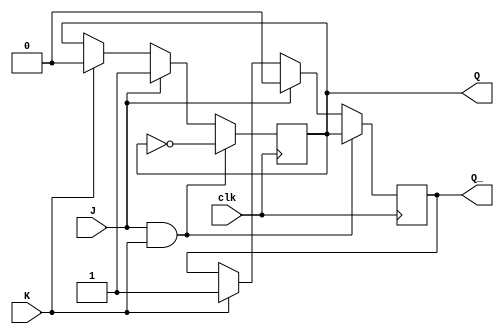
module jk_flip_flop (
    input wire J, // Input for set
    input wire K, // Input for reset
    input wire clk, // Clock input
    output reg Q, // Output
    output reg Q_ // Inverted output
);

always @(negedge clk)
begin
    if (J && K) // Toggle condition
    begin
        Q <= ~Q;
        Q_ <= Q;
    end
    else if (J)
    begin
        Q <= 1; // Set condition
        Q_ <= 0;
    end
    else if (K)
    begin
        Q <= 0; // Reset condition
        Q_ <= 1;
    end
end

endmodule